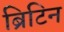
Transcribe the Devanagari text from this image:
ब्रिटिन